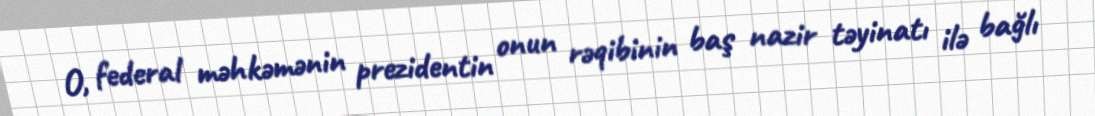
O, federal məhkəmənin prezidentin onun rəqibinin baş nazir təyinatı ilə bağlı